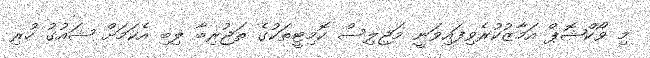
މި ވޯކްޝޮޕް އަމާޒުކުރެވިފައިވަނީ މަޖިލިސް ކޮމިޓީތަކުގެ ތަޖުރިބާ ލިބި އެކަމަށް ޝައުގު ހުރި